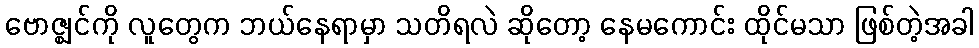
ဗောဇ္ဈင်ကို လူတွေက ဘယ်နေရာမှာ သတိရလဲ ဆိုတော့ နေမကောင်း ထိုင်မသာ ဖြစ်တဲ့အခါ